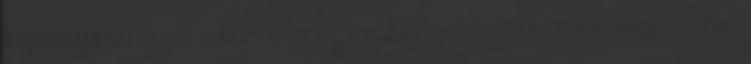
koponyatetőnek ezen a pontján keresztül árad az emberi lét